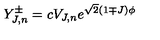
Y _ { J , n } ^ { \pm } = c V _ { J , n } e ^ { \sqrt { 2 } ( 1 \mp J ) \phi }